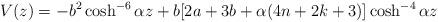
LaTeX: \begin{align*} V(z) = -b^2 \cosh^{-6} {\alpha z} + b[2a+ 3b +\alpha (4n+2k +3)]\cosh^{-4}{\alpha z}\end{align*}